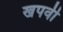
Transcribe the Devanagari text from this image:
खपवी